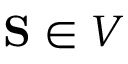
\mathbf { S } \in V